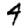
Digit: 4